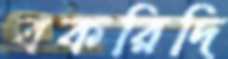
বকরিদি